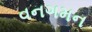
વનગમન